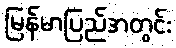
မြန်မာပြည်အတွင်း